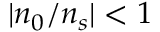
| n _ { 0 } / n _ { s } | < 1